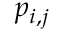
p _ { i , j }